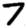
Digit: 7